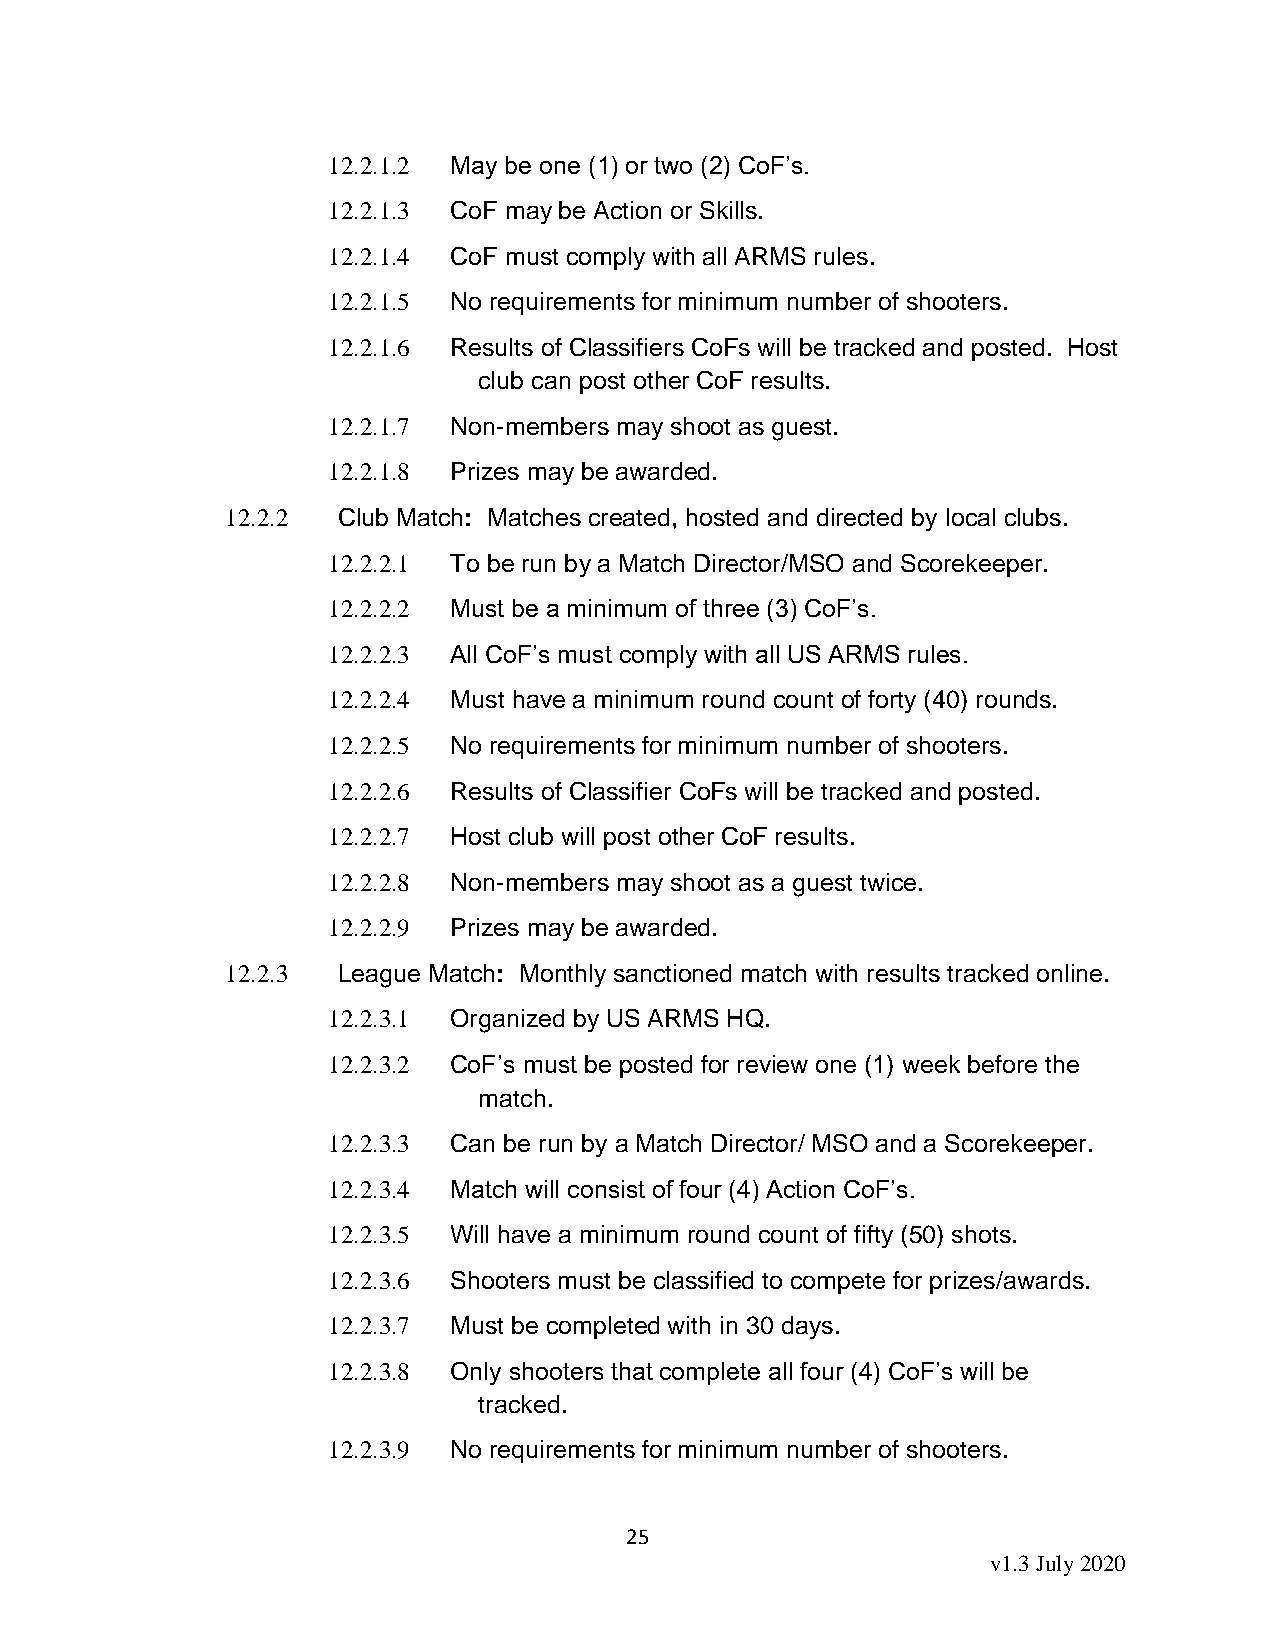
12.2.1.2 May be one (1) or two (2) CoF’s.
 12.2.1.3 CoF may be Action or Skills.
 12.2.1.4 CoF must comply with all ARMS rules.
 12.2.1.5 No requirements for minimum number of shooters.
 12.2.1.6 Results of Classifiers CoFs will be tracked and posted. Host
 club can post other CoF results.
 12.2.1.7 Non-members may shoot as guest.
 12.2.1.8 Prizes may be awarded.
 12.2.2 Club Match: Matches created, hosted and directed by local clubs.
 12.2.2.1 To be run by a Match Director/MSO and Scorekeeper.
 12.2.2.2 Must be a minimum of three (3) CoF’s.
 12.2.2.3 All CoF’s must comply with all US ARMS rules.
 12.2.2.4 Must have a minimum round count of forty (40) rounds.
 12.2.2.5 No requirements for minimum number of shooters.
 12.2.2.6 Results of Classifier CoFs will be tracked and posted.
 12.2.2.7 Host club will post other CoF results.
 12.2.2.8 Non-members may shoot as a guest twice.
 12.2.2.9 Prizes may be awarded.
 12.2.3 League Match: Monthly sanctioned match with results tracked online.
 12.2.3.1 Organized by US ARMS HQ.
 12.2.3.2 CoF’s must be posted for review one (1) week before the
 match.
 12.2.3.3 Can be run by a Match Director/ MSO and a Scorekeeper.
 12.2.3.4 Match will consist of four (4) Action CoF’s.
 12.2.3.5 Will have a minimum round count of fifty (50) shots.
 12.2.3.6 Shooters must be classified to compete for prizes/awards.
 12.2.3.7 Must be completed with in 30 days.
 12.2.3.8 Only shooters that complete all four (4) CoF’s will be
 tracked.
 12.2.3.9 No requirements for minimum number of shooters.
 25
 v1.3 July 2020